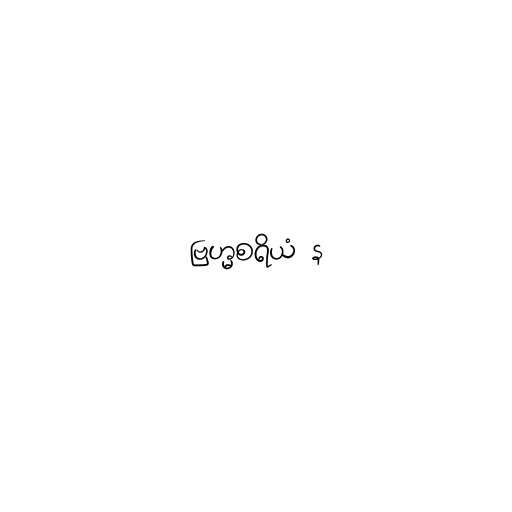
ဗြဟ္မစရိယံ န